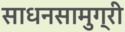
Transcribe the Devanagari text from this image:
साधनसामुग्री